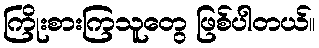
ကြိုးစားကြသူတွေ ဖြစ်ပါတယ်။